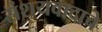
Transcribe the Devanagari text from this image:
संशयवादाचे